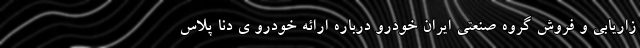
زاریابی و فروش گروه صنعتی ایران خودرو درباره ارائه خودرو ی دنا پلاس